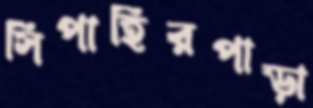
সিপাহিরপাড়া